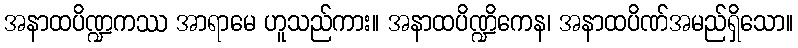
အနာထပိဏ္ဍကဿ အာရာမေ ဟူသည်ကား။ အနာထပိဏ္ဍိကေန၊ အနာထပိဏ်အမည်ရှိသော။